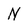
Character: N